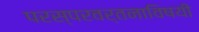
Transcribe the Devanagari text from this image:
परस्परवर्तनाविषयी